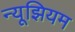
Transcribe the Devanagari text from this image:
न्यूझियम